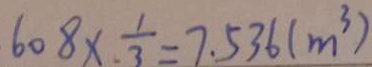
6 0 8 \times . \frac { 1 } { 3 } = 7 . 5 3 6 ( m ^ { 3 } )